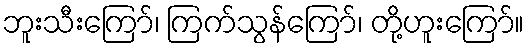
ဘူးသီးကြော်၊ ကြက်သွန်ကြော်၊ တို့ဟူးကြော်။